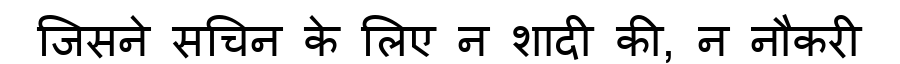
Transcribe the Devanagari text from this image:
जिसने सचिन के लिए न शादी की, न नौकरी